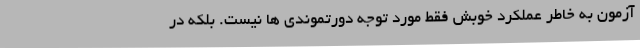
آزمون به خاطر عملکرد خوبش فقط مورد توجه دورتموندی ها نیست. بلکه در